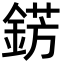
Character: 錺